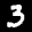
Label: 3